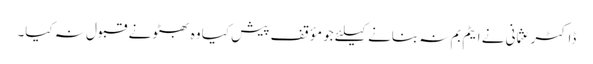
ڈاکٹر عثمانی نے ایٹم بم نہ بنانے کیلئے جو مؤقف پیش کیا وہ بھٹو نے قبول نہ کیا۔